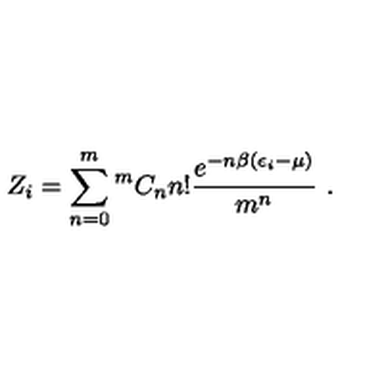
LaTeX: Z _ { i } = \sum _ { n = 0 } ^ { m } { } ^ { m } C _ { n } n ! \frac { e ^ { - n \beta ( \epsilon _ { i } - \mu ) } } { m ^ { n } } \ .